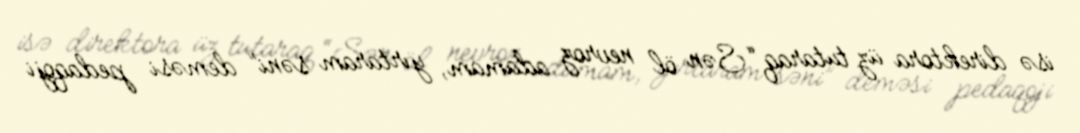
isə direktora üz tutaraq “Sən öl nevroz adamam, yırtaram səni” deməsi pedaqoji